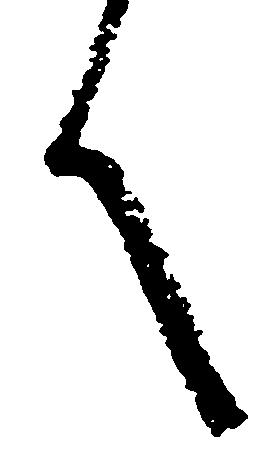
之